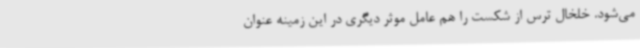
می‌شود. خلخال ترس از شکست را هم عامل موثر دیگری در این زمینه عنوان